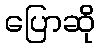
ပြောဆို